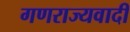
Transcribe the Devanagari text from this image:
गणराज्यवादीं